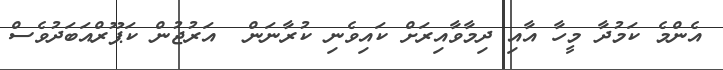
އެންމެ ކަމުދާ މީހާ އާއި ދިމާވާއިރަށް ކައިވެނި ކުރާނަން  އަރުޖުން ކަޕޫރްއަބަދުވެސް